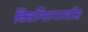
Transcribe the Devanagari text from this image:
क्विन्सिगामोंड